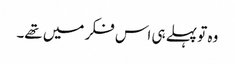
وہ تو پہلے ہی اس فکر میں تھے۔